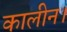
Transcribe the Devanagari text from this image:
कालीन।